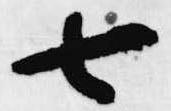
七